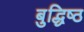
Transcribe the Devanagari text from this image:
बुद्धिष्‍ठ